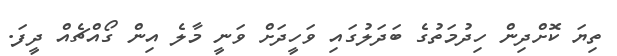
ތިޔަ ކޮށްދިން ހިދުމަތުގެ ބަދަލުގައި ވަހީދަށް ވަނީ މާލެ އިން ގޯއްޗެއް ދީފަ.